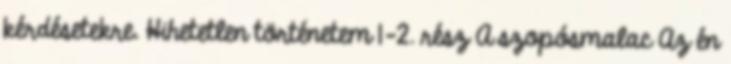
kérdésetekre. Hihetetlen történetem 1-2. rész A szopósmalac Az én